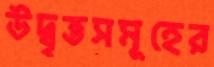
উদ্বৃত্তসমূহের